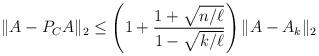
LaTeX: \begin{align*}\|A - P_{C}A\|_2&\leq \left(1 + \frac{1+\sqrt{n/\ell}}{1 - \sqrt{k/\ell}}\right)\|A- A_k\|_2\end{align*}